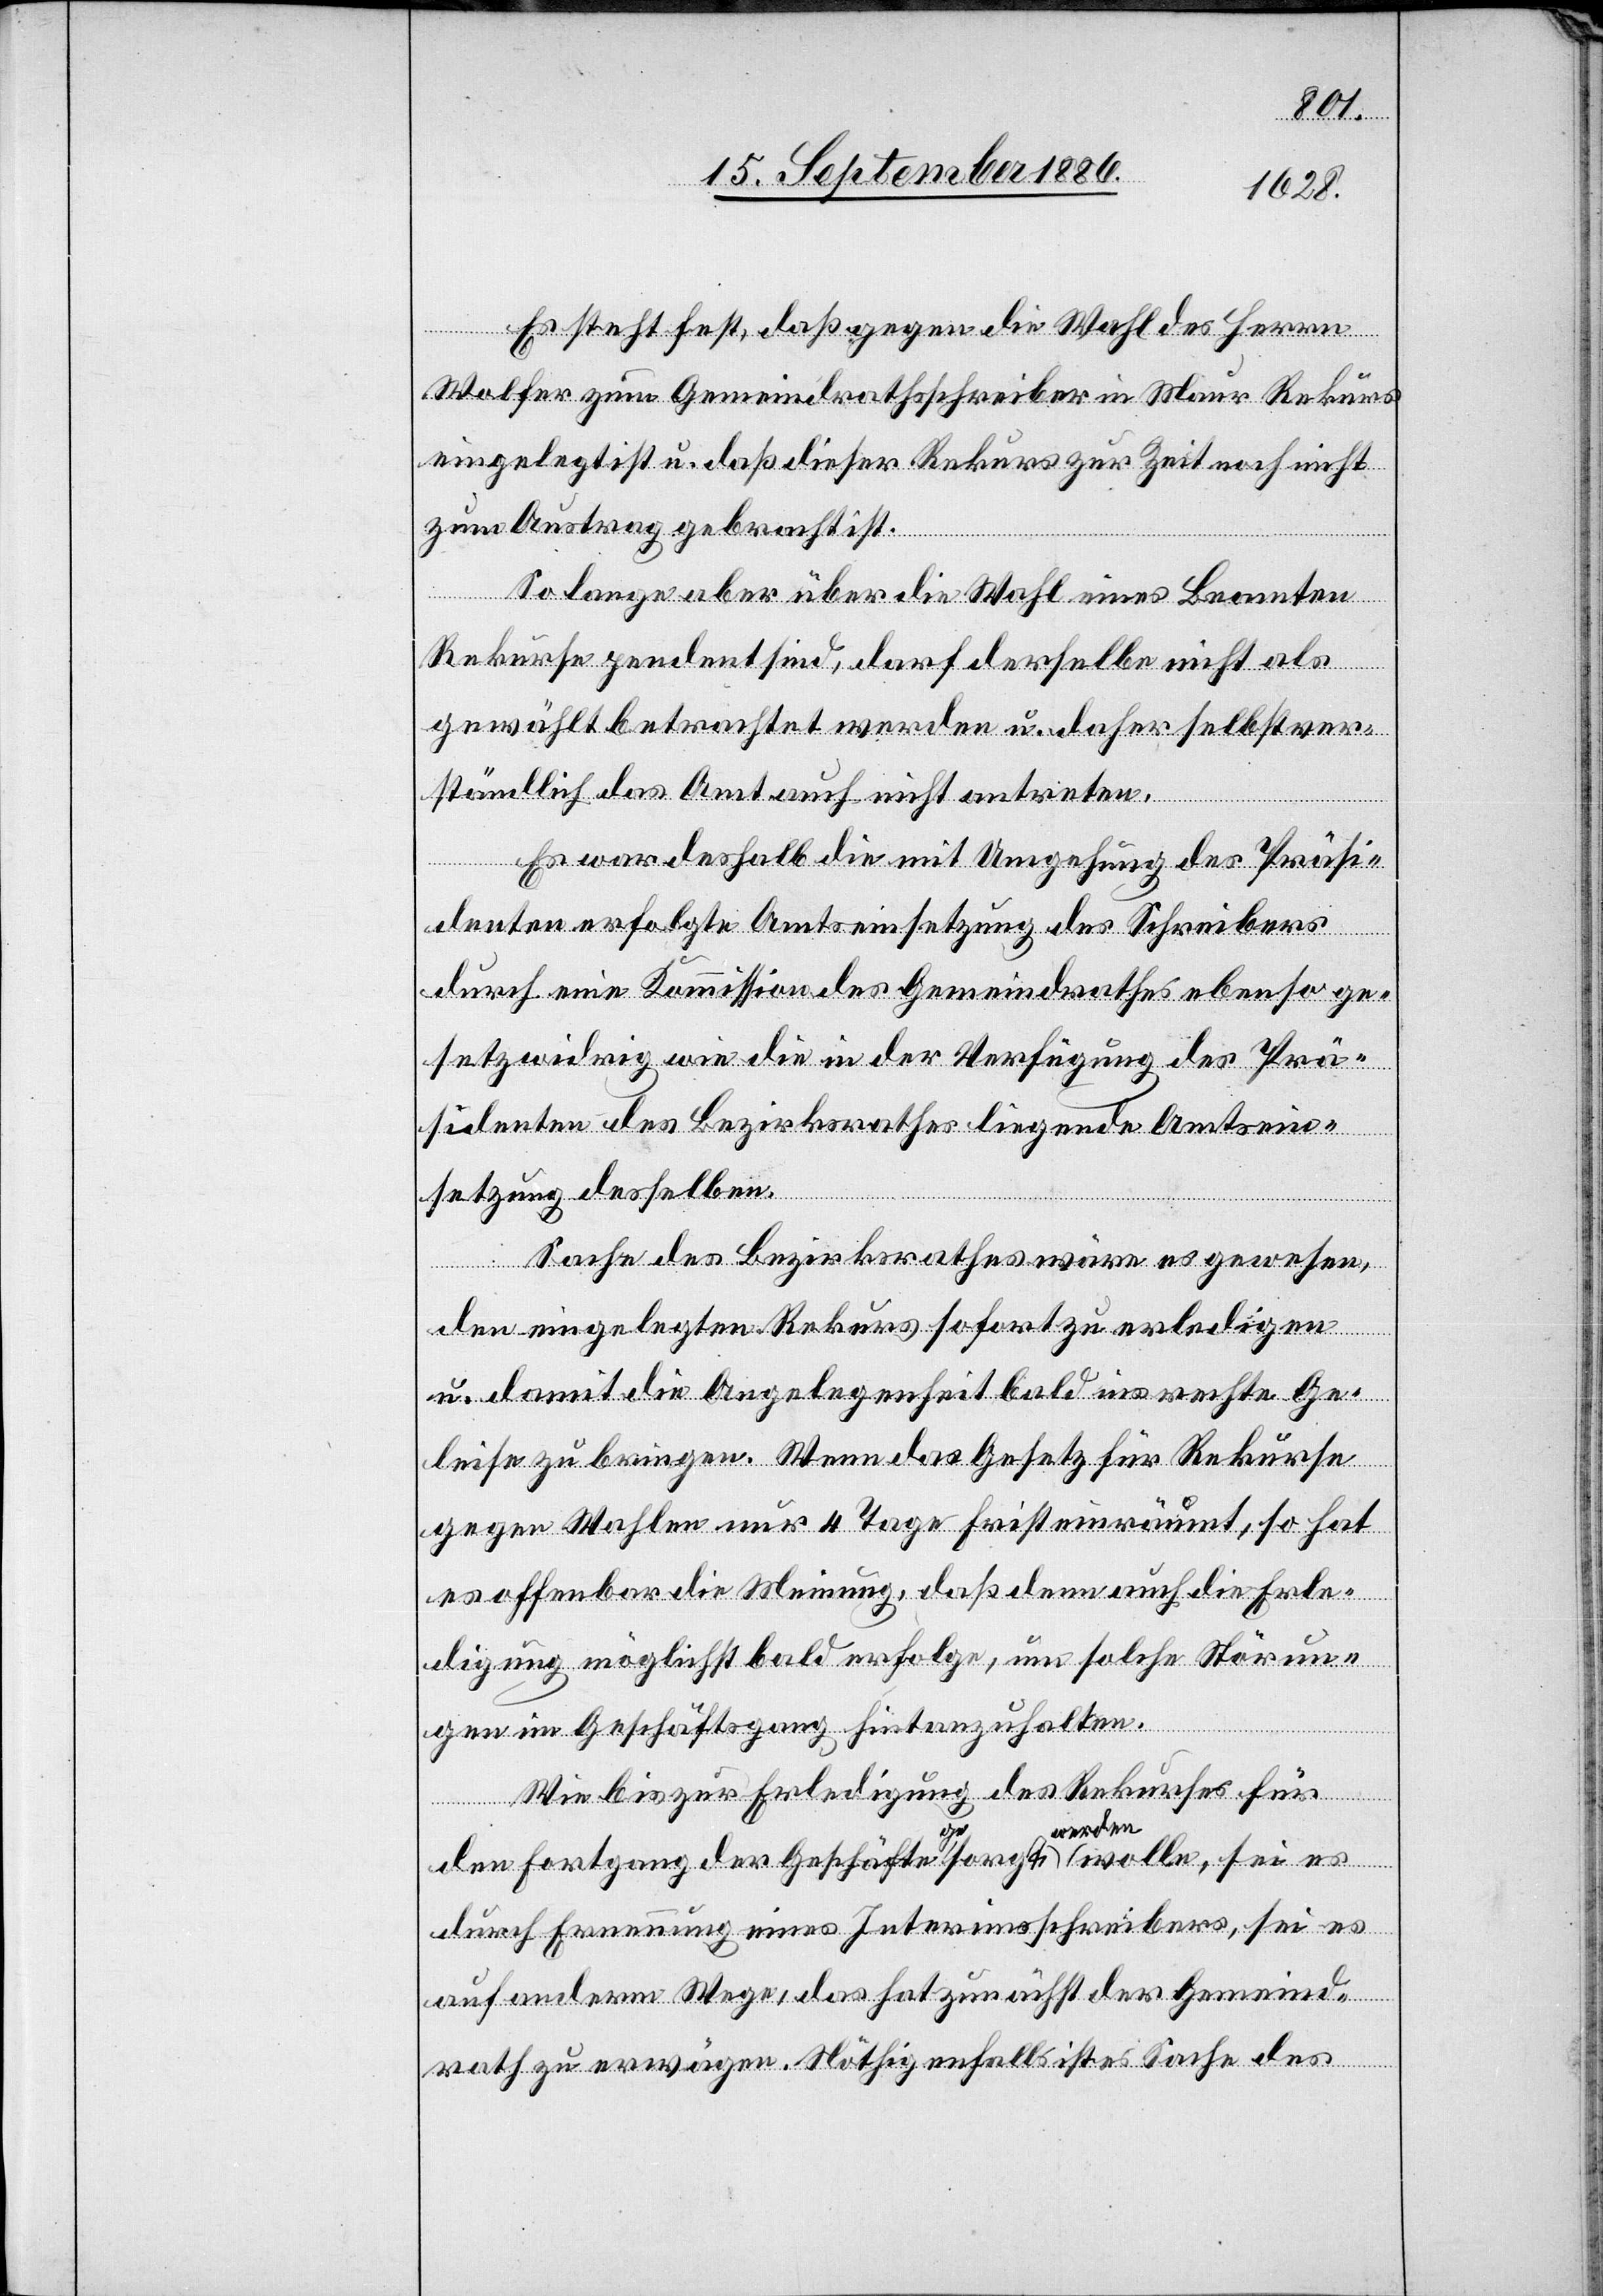
Es steht fest, daß gegen die Wahl des Herrn
Wolfer zum Gemeindrathsschreiber in Maur Rekurs
eingelegt ist u. daß dieser Rekurs zur Zeit noch nicht
zum Antrag gebracht ist.
So lange aber über die Wahl eines Beamten
Rekurse pendent sind, darf derselbe nicht als
gewählt betrachtet werden u. daher selbstver¬
ständlich das Amt auch nicht antreten.
Es war deshalb die mit Umgehung des Präsi¬
denten erfolgte Amtseinsetzung des Schreibers
durch eine Kommission des Gemeindrathes ebenso ge¬
setzwidrig wie die in der Verfügung des Prä¬
sidenten des Bezirksrathes liegende Amtsein¬
setzung desselben.
Sache des Bezirksrathes wäre es gewesen,
den eingelegten Rekurs sofort zu erledigen
u. damit die Angelegenheit bald ins rechte Ge¬
leise zu bringen. Wenn das Gesetz für Rekurse
gegen Wahlen nur 4 Tage Frist einräumt, so hat
es offenbar die Meinung, daß denn auch die Erle¬
digung möglichst bald erfolge, um solche Störun¬
gen im Geschäftsgang hintanzuhalten.
Wie bis zur Erledigung des Rekurses für
den Fortgang der Geschäfte gesorgt werden wolle, sei es
durch Ernennung eines Interimsschreibers, sei es
auf anderm Wege, das hat zunächst der Gemeind¬
rath zu erwägen. Nöthigenfalls ist es Sache des